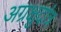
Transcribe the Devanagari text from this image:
अग्रक्षुदांत्र